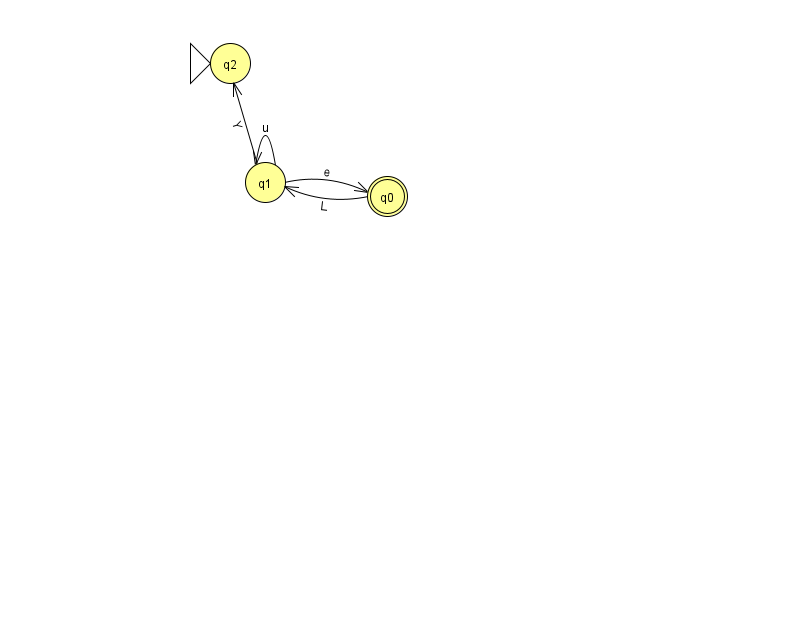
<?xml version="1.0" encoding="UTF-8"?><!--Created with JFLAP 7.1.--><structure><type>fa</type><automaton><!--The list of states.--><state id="0" name="q0"><x>387.0</x><y>183.0</y><final/></state><state id="1" name="q1"><x>265.0</x><y>169.0</y></state><state id="2" name="q2"><x>230.0</x><y>50.0</y><initial/></state><!--The list of transitions.--><transition><from>1</from><to>2</to><read>Y</read></transition><transition><from>1</from><to>1</to><read>u</read></transition><transition><from>0</from><to>1</to><read>L</read></transition><transition><from>1</from><to>0</to><read>e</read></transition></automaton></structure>